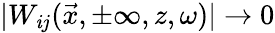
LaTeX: |W_{\mathit{i}j}(\vec{{x}},\pm\infty,z,\omega)|\rightarrow0